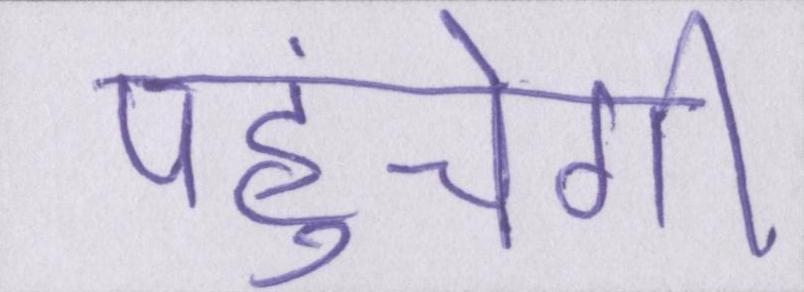
पहुंचेगी